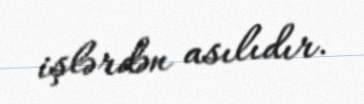
işlərdən asılıdır.